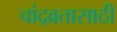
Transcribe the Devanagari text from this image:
चांद्रव्रतासाठी